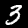
Digit: 3